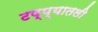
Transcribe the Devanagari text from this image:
टप्प्यातली